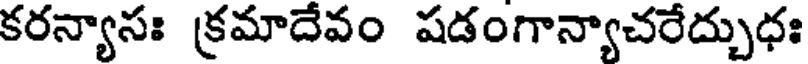
కరన్యాసః క్రమాదేవం షడంగాన్యాచరేద్చుధః